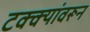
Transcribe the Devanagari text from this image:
टक्‍क्‍यांवरून